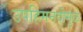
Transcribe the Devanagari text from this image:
उपहिमनदीमुळे